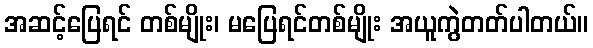
အဆင့်ပြေရင် တစ်မျိုး၊ မပြေရင်တစ်မျိုး အယူကွဲတတ်ပါတယ်။